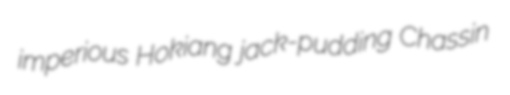
imperious Hokiang jack-pudding Chassin